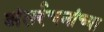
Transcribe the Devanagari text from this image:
अंतर्रचनांच्या